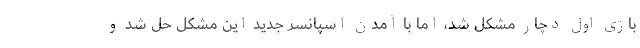
بازی اول دچار مشکل شد، اما با آمدن اسپانسر جدید این مشکل حل شد و